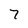
Character: 7